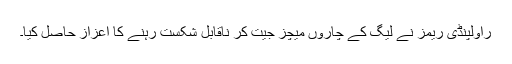
راولپنڈی ریمز نے لیگ کے چاروں میچز جیت کر ناقابل شکست رہنے کا اعزاز حاصل کیا۔